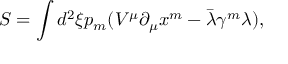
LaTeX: S = \int d ^ { 2 } \xi p _ { m } ( V ^ { \mu } \partial _ { \mu } x ^ { m } - \bar { \lambda } \gamma ^ { m } \lambda ) ,